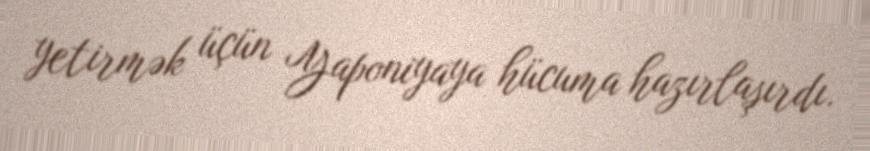
yetirmək üçün Yaponiyaya hücuma hazırlaşırdı.